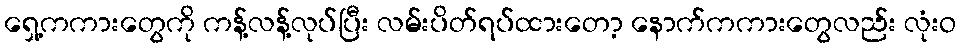
ရှေ့ကကားတွေကို ကန့်လန့်လုပ်ပြီး လမ်းပိတ်ရပ်ထားတော့ နောက်ကကားတွေလည်း လုံးဝ